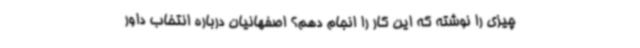
چیزی را نوشته که این کار را انجام دهم؟ اصفهانیان درباره انتخاب داور